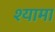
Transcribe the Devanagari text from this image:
श्‍यामा